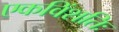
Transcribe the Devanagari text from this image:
एकविंशतिः